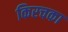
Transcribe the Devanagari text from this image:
किरचका